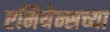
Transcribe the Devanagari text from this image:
एमियेन्सच्या